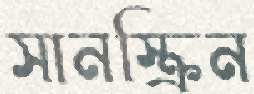
সানস্ক্রিন